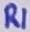
Text: R1